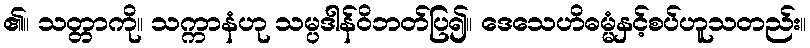
၏။ သတ္တာကို။ သက္ကာနံဟု သမ္ပဒါန်ဝိဘတ်ပြ၍။ ဒေသေဟိဓမ္မံနှင့်စပ်ဟူသတည်း။